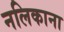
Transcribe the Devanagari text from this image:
नलिकाना